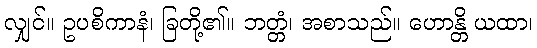
လျှင်။ ဥပစိကာနံ၊ ခြတို့၏။ ဘတ္တံ၊ အစာသည်။ ဟောန္တိ ယထာ၊